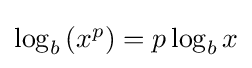
{\textstyle \log _{b}\left(x^{p}\right)=p\log _{b}x}